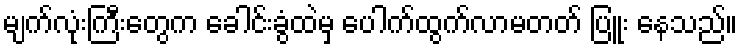
မျက်လုံးကြီးတွေက ခေါင်းခွံထဲမှ ပေါက်ထွက်လာမတတ် ပြူး နေသည်။